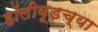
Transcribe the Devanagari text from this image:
हॉलीवूडच्या